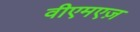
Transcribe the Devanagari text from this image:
वीएमएज़